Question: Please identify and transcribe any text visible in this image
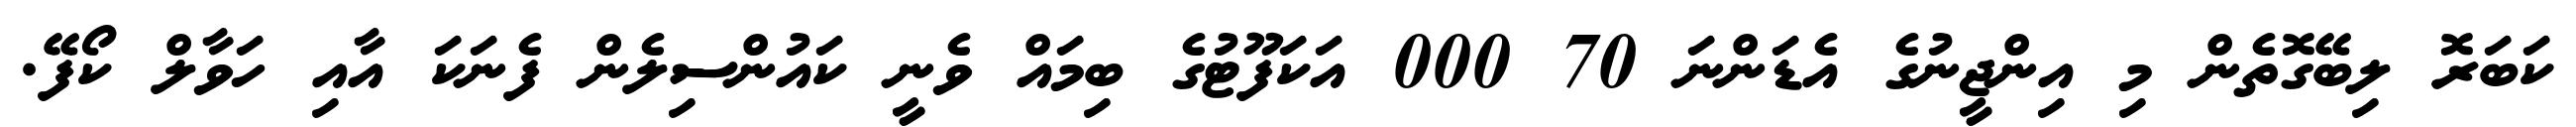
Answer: ކަބަރޮ ލިބޭގޮތެން މި އިންޖީނުގެ އެޑަންނަ 70 000 އަކަފޫޓުގެ ބިމައް ވެނީ ކައުންސިލެން ފެނަކަ އާއި ހަވާލް ކޯފޭ.